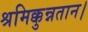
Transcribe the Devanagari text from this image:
श्रमिक्कुन्नतान।